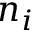
n _ { i }